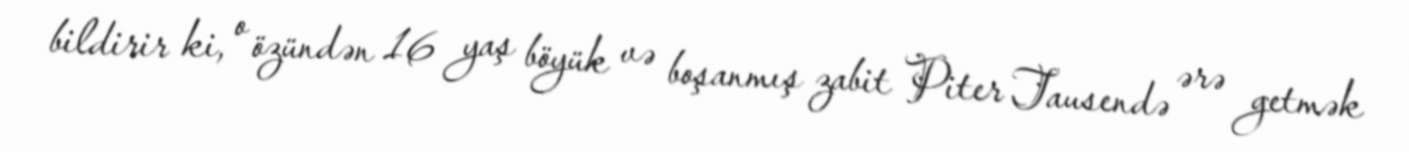
bildirir ki, o özündən 16 yaş böyük və boşanmış zabit Piter Tausendə ərə getmək